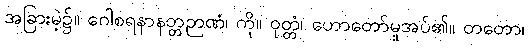
အခြားမဲ့၌။ ဂေါစရနာနတ္တဉာဏံ၊ ကို။ ဝုတ္တံ၊ ဟောတော်မူအပ်၏။ တတော၊